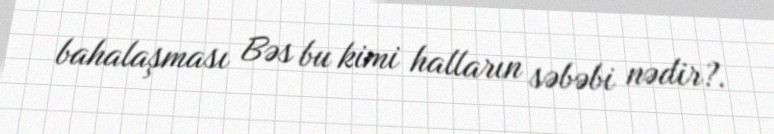
bahalaşması Bəs bu kimi halların səbəbi nədir?.